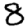
Digit: 8